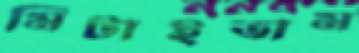
মিটাইতাম